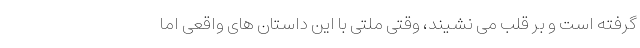
گرفته است و بر قلب می نشیند، وقتی ملتی با این داستان های واقعی اما